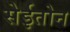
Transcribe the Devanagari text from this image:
सेईतोन